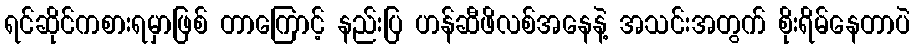
ရင်ဆိုင်ကစားရမှာဖြစ် တာကြောင့် နည်းပြ ဟန်ဆီဖိလစ်အနေနဲ့ အသင်းအတွက် စိုးရိမ်နေတာပဲ